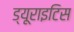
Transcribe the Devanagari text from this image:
ड्यूराइटिस